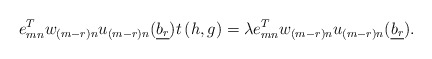
\begin{align*}e_{mn}^T w_{(m-r)n}u_{(m-r)n}(\underline{b_r}) t\left(h, g\right)=\lambda e_{mn}^T w_{(m-r)n}u_{(m-r)n}(\underline{b_r}).\end{align*}